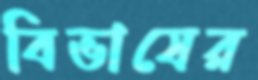
বিভাষের